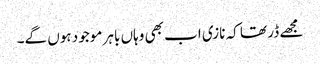
مجھے ڈر تھا کہ نازی اب بھی وہاں باہر موجود ہوں گے۔